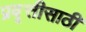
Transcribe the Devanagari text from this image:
प्रवृत्तीसाठी